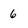
Character: 6